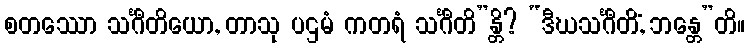
စတဿော သင်္ဂီတိယော, တာသု ပဌမံ ကတရံ သင်္ဂီတိ”န္တိ? “ဒီဃသင်္ဂီတိံ, ဘန္တေ”တိ။